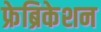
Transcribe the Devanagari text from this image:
फ्रेब्रिकेशन